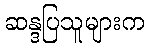
ဆန္ဒပြသူများက